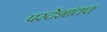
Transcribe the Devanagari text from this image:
परदेशांतच